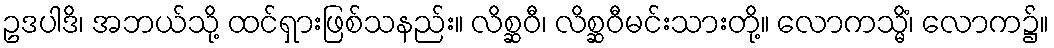
ဥဒပါဒိ၊ အဘယ်သို့ ထင်ရှားဖြစ်သနည်း။ လိစ္ဆဝီ၊ လိစ္ဆဝီမင်းသားတို့။ လောကသ္မိံ၊ လောက၌။